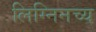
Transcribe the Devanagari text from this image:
लिग्निनच्य